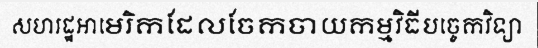
សហរដ្ឋអាមេរិកដែលចែកចាយកម្មវិធីបច្ចេកវិទ្យា